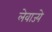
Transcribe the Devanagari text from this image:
लेवाज्ये